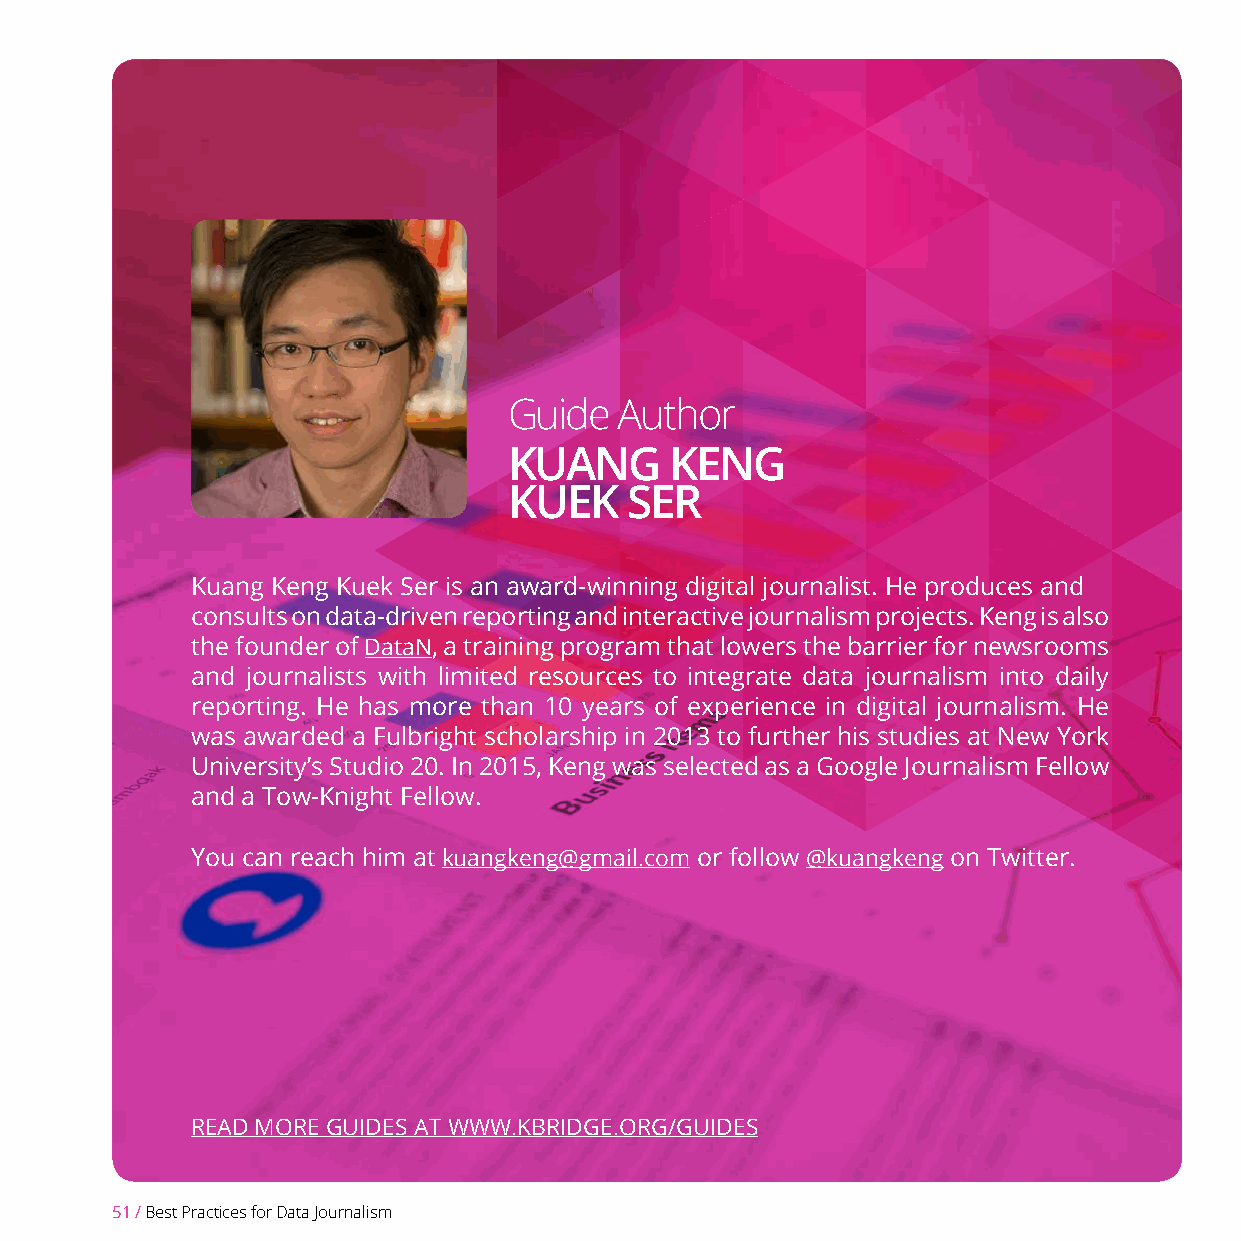
Guide  Author
 KUANG     KENG
 KUEK   SER
 Kuang Keng Kuek Ser is an award-winning digital journalist. He produces and
 consults on data-driven reporting and interactive journalism projects. Keng is also
 the founder of DataN, a training program that lowers the barrier for newsrooms
 and journalists with limited resources to integrate data journalism into daily
 reporting. He has more than 10 years of experience in digital journalism. He
 was awarded a Fulbright scholarship in 2013 to further his studies at New York
 University’s Studio 20. In 2015, Keng was selected as a Google Journalism Fellow
 and a Tow-Knight Fellow.
 You can reach him at kuangkeng@gmail.com or follow @kuangkeng on Twitter.
 READ MORE GUIDES AT WWW.KBRIDGE.ORG/GUIDES
 51 / Best Practices for Data Journalism